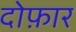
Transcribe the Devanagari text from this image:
दोफ़ार